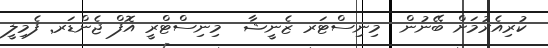
ކުރިއެރުމަށް ބޭނުން  މިނިސްޓަރ ޒެނީޝާ  މިނިސްޓްރީ އޮފް ޖެންޑަރ